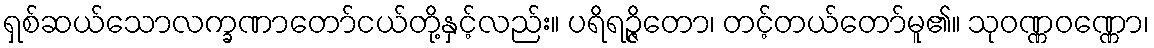
ရှစ်ဆယ်သောလက္ခဏာတော်ငယ်တို့နှင့်လည်း။ ပရိရဉ္ဇိတော၊ တင့်တယ်တော်မူ၏။ သုဝဏ္ဏဝဏ္ဏော၊